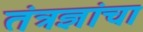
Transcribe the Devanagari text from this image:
तंत्रज्ञांचा